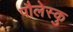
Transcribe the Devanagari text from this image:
पौलेस्कु